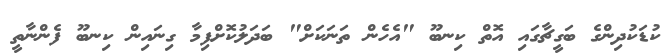
ކުޑަކުދިންގެ ބަގީޗާގައި އޮތް ކިނބޫ "އެހެން ތަނަކަށް" ބަދަލުކޮށްފިމާ ގިނައިން ކިނބޫ ފެންނާތީ